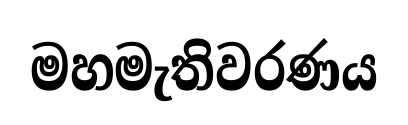
මහමැතිවරණය